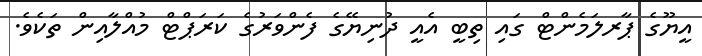
އީޔޫގެ ޕާރލަމެންޓް ގައި ތިބީ އެއީ ދުނިޔޭގެ ފެންވަރުގެ ކަރަޕްޓް މުއްލާއިން ތަކެވެ.